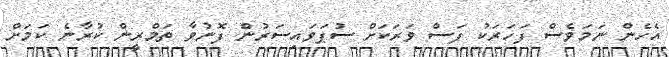
އެހެން ނަމަވެސް ފަހަރަކު ފަސް ވަރަކަށް ސުޕަވައިސަރުން ފޮނުވާ ތަމްރީން ކުރާނެ ކަމަށް